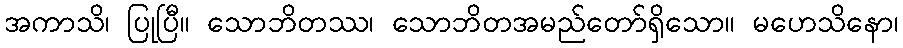
အကာသိ၊ ပြုပြီ။ သောဘိတဿ၊ သောဘိတအမည်တော်ရှိသော။ မဟေသိနော၊